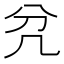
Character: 𭂭